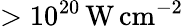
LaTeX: >10^{20}\, \mathrm{W\, cm^{-2}}